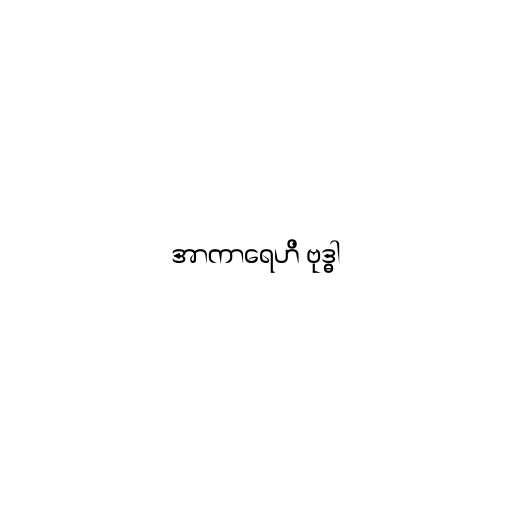
အာကာရေဟိ ဗုဒ္ဓါ